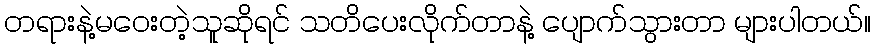
တရားနဲ့မဝေးတဲ့သူဆိုရင် သတိပေးလိုက်တာနဲ့ ပျောက်သွားတာ များပါတယ်။